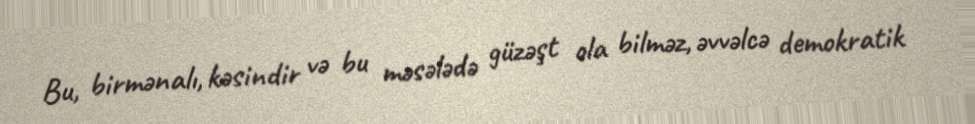
Bu, birmənalı, kəsindir və bu məsələdə güzəşt ola bilməz, əvvəlcə demokratik